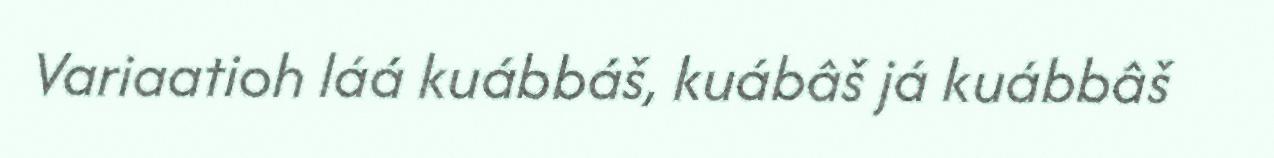
Variaatioh láá kuábbáš, kuábâš já kuábbâš